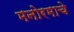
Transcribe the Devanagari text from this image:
मनोरमाचे